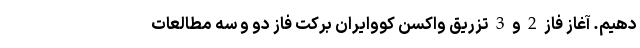
دهیم. آغاز فاز 2 و 3 تزریق واکسن کووایران برکت فاز دو و سه مطالعات